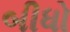
બીધો